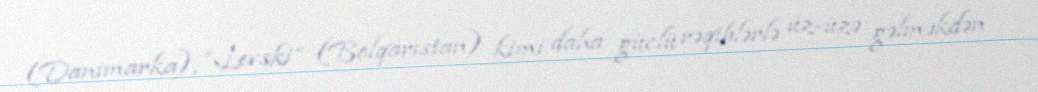
(Danimarka), “Levski” (Bolqarıstan) kimi daha güclü rəqiblərlə üz-üzə gəlməkdən